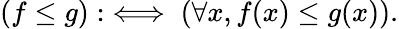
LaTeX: (f\leq g):\iff(\forall x,f(x)\leq g(x)).